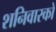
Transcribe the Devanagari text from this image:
शनिवारको